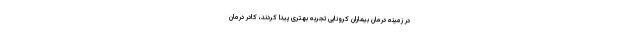
در زمینه درمان بیماران کرونایی تجربه بهتری پیدا کردند، کادر درمان